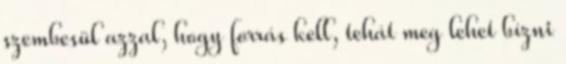
szembesül azzal, hogy forrás kell, tehát meg lehet bízni